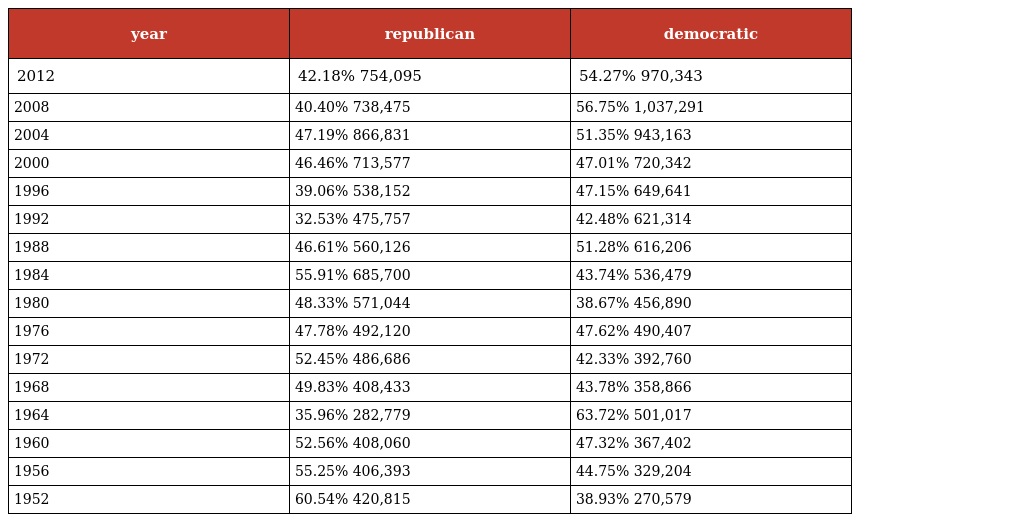
| year | republican | democratic |
 | --- | --- | --- |
 | 2012 | 42.18% 754,095 | 54.27% 970,343 |
 | 2008 | 40.40% 738,475 | 56.75% 1,037,291 |
 | 2004 | 47.19% 866,831 | 51.35% 943,163 |
 | 2000 | 46.46% 713,577 | 47.01% 720,342 |
 | 1996 | 39.06% 538,152 | 47.15% 649,641 |
 | 1992 | 32.53% 475,757 | 42.48% 621,314 |
 | 1988 | 46.61% 560,126 | 51.28% 616,206 |
 | 1984 | 55.91% 685,700 | 43.74% 536,479 |
 | 1980 | 48.33% 571,044 | 38.67% 456,890 |
 | 1976 | 47.78% 492,120 | 47.62% 490,407 |
 | 1972 | 52.45% 486,686 | 42.33% 392,760 |
 | 1968 | 49.83% 408,433 | 43.78% 358,866 |
 | 1964 | 35.96% 282,779 | 63.72% 501,017 |
 | 1960 | 52.56% 408,060 | 47.32% 367,402 |
 | 1956 | 55.25% 406,393 | 44.75% 329,204 |
 | 1952 | 60.54% 420,815 | 38.93% 270,579 |